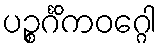
ပဉ္စင်္ဂိကဝဂ္ဂေါ